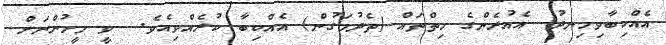
އެއްކިބާވިހިނދު  އެއުރެންގެ ހިތްތައް (ތެދުމަގުން) އެއްކިބާ ކުރެއްވިއެވެ.  ވީ މީހުންނަށް